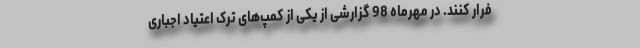
فرار کنند. در مهرماه 98 گزارشی از یکی از کمپ‌های ترک اعتیاد اجباری